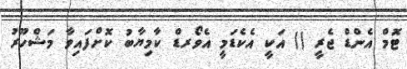
ޓޮމް އެންޑް ޖެރީ () އަކީ އެކެޑަމީ އެވޯރޑް ކާމިޔާބު ކޮށްފައިވާ މަޝްހޫރު